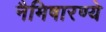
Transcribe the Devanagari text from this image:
नैमिषारण्ये